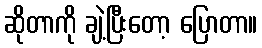
ဆိုတာကို ချဲ့ပြီးတော့ ပြောတာ။